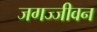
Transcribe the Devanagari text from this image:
जगज्जीवन